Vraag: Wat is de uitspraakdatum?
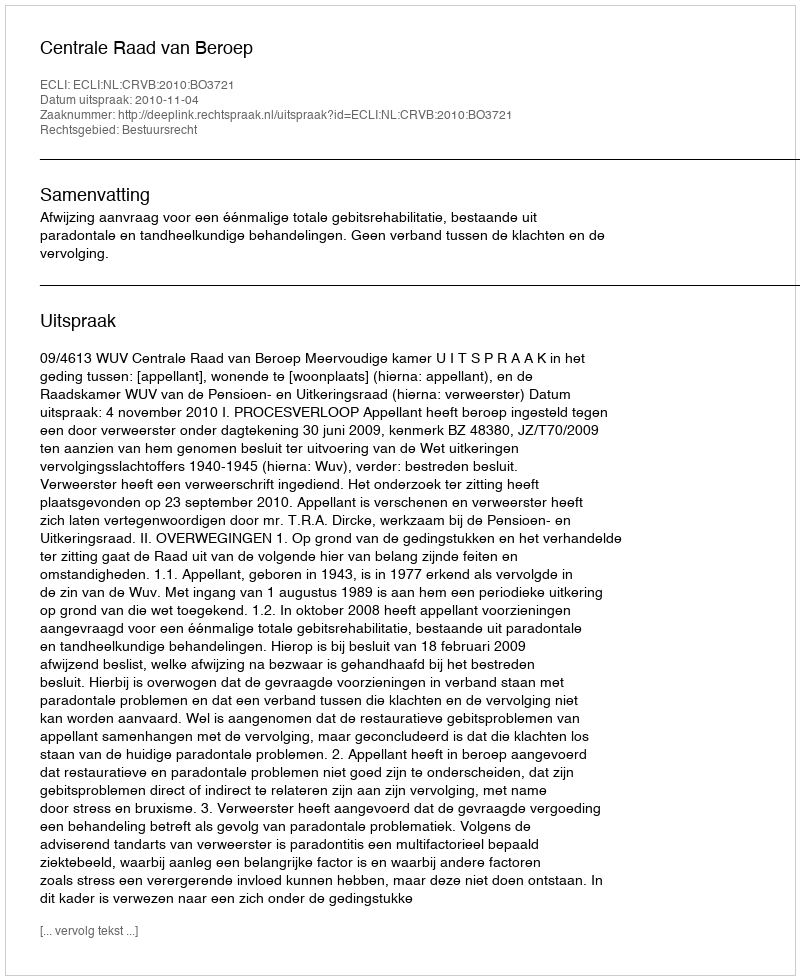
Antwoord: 2010-11-04